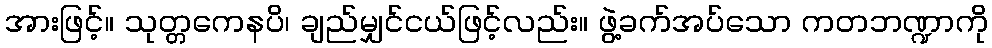
အားဖြင့်။ သုတ္တကေနပိ၊ ချည်မျှင်ငယ်ဖြင့်လည်း။ ဖွဲ့ခက်အပ်သော ကတဘဏ္ဍာကို